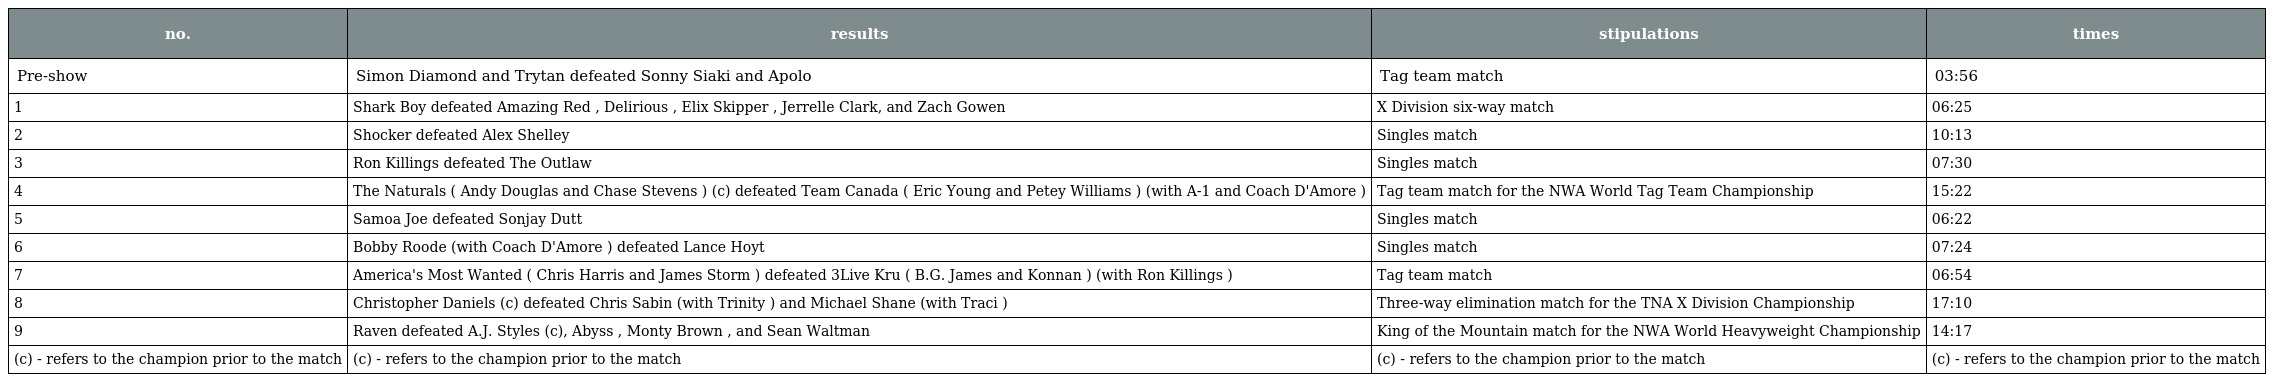
| no. | results | stipulations | times |
 | --- | --- | --- | --- |
 | Pre-show | Simon Diamond and Trytan defeated Sonny Siaki and Apolo | Tag team match | 03:56 |
 | 1 | Shark Boy defeated Amazing Red , Delirious , Elix Skipper , Jerrelle Clark, and Zach Gowen | X Division six-way match | 06:25 |
 | 2 | Shocker defeated Alex Shelley | Singles match | 10:13 |
 | 3 | Ron Killings defeated The Outlaw | Singles match | 07:30 |
 | 4 | The Naturals ( Andy Douglas and Chase Stevens ) (c) defeated Team Canada ( Eric Young and Petey Williams ) (with A-1 and Coach D'Amore ) | Tag team match for the NWA World Tag Team Championship | 15:22 |
 | 5 | Samoa Joe defeated Sonjay Dutt | Singles match | 06:22 |
 | 6 | Bobby Roode (with Coach D'Amore ) defeated Lance Hoyt | Singles match | 07:24 |
 | 7 | America's Most Wanted ( Chris Harris and James Storm ) defeated 3Live Kru ( B.G. James and Konnan ) (with Ron Killings ) | Tag team match | 06:54 |
 | 8 | Christopher Daniels (c) defeated Chris Sabin (with Trinity ) and Michael Shane (with Traci ) | Three-way elimination match for the TNA X Division Championship | 17:10 |
 | 9 | Raven defeated A.J. Styles (c), Abyss , Monty Brown , and Sean Waltman | King of the Mountain match for the NWA World Heavyweight Championship | 14:17 |
 | (c) - refers to the champion prior to the match | (c) - refers to the champion prior to the match | (c) - refers to the champion prior to the match | (c) - refers to the champion prior to the match |